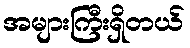
အများကြီးရှိတယ်